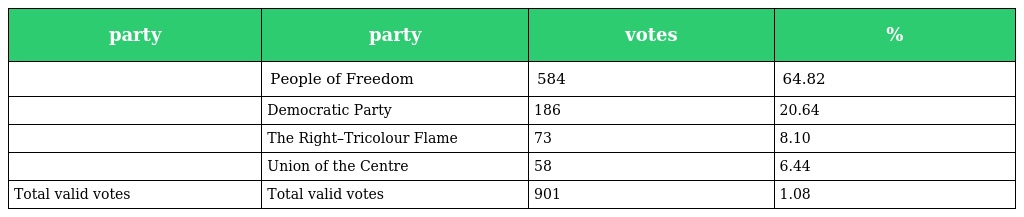
| party | party | votes | % |
 | --- | --- | --- | --- |
 |  | People of Freedom | 584 | 64.82 |
 |  | Democratic Party | 186 | 20.64 |
 |  | The Right–Tricolour Flame | 73 | 8.10 |
 |  | Union of the Centre | 58 | 6.44 |
 | Total valid votes | Total valid votes | 901 | 1.08 |